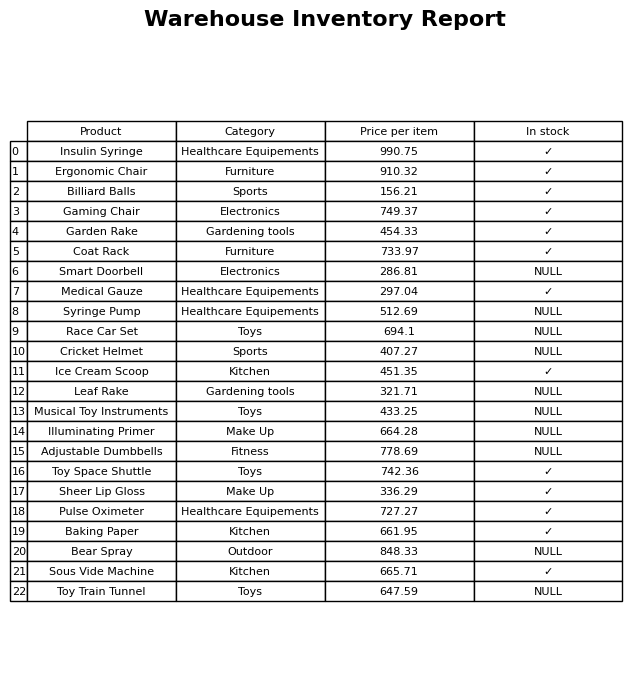
question: Is the Billiard Balls in stock?
answer: ✓